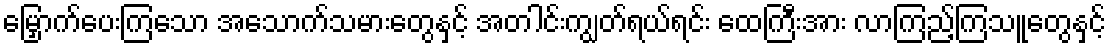
မြှောက်ပေးကြသော အသောက်သမားတွေနှင့် အတါင်းကျွတ်ရယ်ရင်း ထေကြီးအား လာကြည့်ကြသူတွေနှင့်